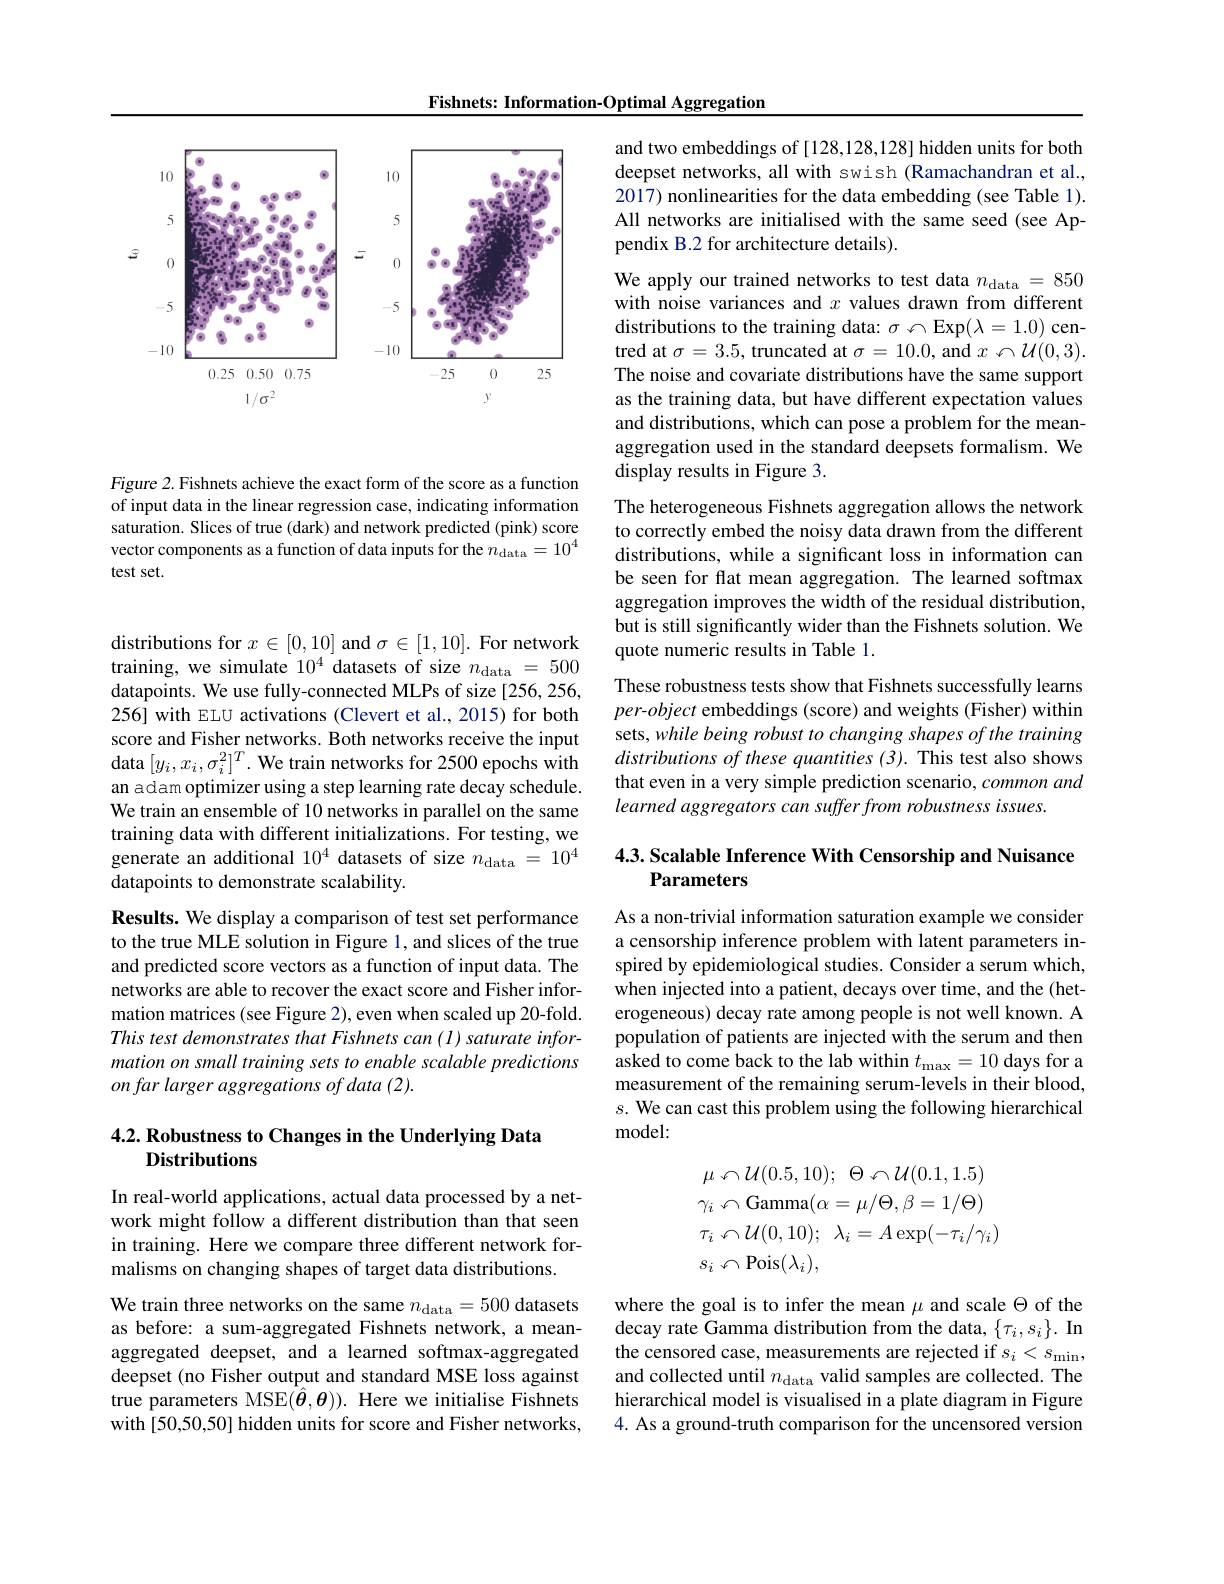
Fishnets: Information-Optimal Aggregation

<FigureHere>

Figure 2. Fishnets achieve the exact form of the score as a function of input data in the linear regression case, indicating information saturation. Slices of true (dark) and network predicted (pink) score vector components as a function of data inputs for the $n_\mathrm{data}=10^4$ test set.

distributions for $x\in[0,10]$ and $\sigma\in[1,10].$ For network training, we simulate $10^4$ datasets of size $n_\mathrm{data}=500$ datapoints. We use fully-connected MLPs of size [256,256, 256] with ELU activations (Clevert et al., 2015) for both score and Fisher networks. Both networks receive the input data $[ y_i, x_i, \sigma _i^2] ^T. \textbf{We train networks for 2500 epochs with}$ an adam optimizer using a step learning rate decay schedule. We train an ensemble of 10 networks in parallel on the same training data with different initializations. For testing, we generate an additional $10^4$ datasets of size $n_\mathrm{data}=10^4$ datapoints to demonstrate scalability.

Results. We display a comparison of test set performance to the true MLE solution in Figure 1, and slices of the true and predicted score vectors as a function of input data. The networks are able to recover the exact score and Fisher information matrices (see Figure 2), even when scaled up 20-fold. This test demonstrates that Fishnets can (1) saturate information on small training sets to enable scalable predictions on far larger aggregations of data (2).

## 4.2. Robustness to Changes in the Underlying Data Distributions

In real-world applications, actual data processed by a network might follow a different distribution than that seen in training. Here we compare three different network formalisms on changing shapes of target data distributions.

We train three networks on the same $n_\mathrm{data}=500$ datasets as before: a sum-aggregated Fishnets network, a meanaggregated deepset, and a learned softmax-aggregated deepset (no Fisher output and standard MSE loss against true parameters MSE$(\hat{\boldsymbol{\theta}},\boldsymbol{\theta})).$ Here we initialise Fishnets with[50,50,50] hidden units for score and Fisher networks,

and two embeddings of [128,128,128] hidden units for both deepset networks, all with swish (Ramachandran et al., 2017) nonlinearities for the data embedding (see Table 1). All networks are initialised with the same seed (see Appendix B.2 for architecture details).
We apply our trained networks to test data $n_\mathrm{data}=850$ with noise variances and $x$ values drawn from different distributions to the training data: $\sigma \backsim$Exp$( \lambda = 1. 0)$ centred at $\sigma=3.5$, truncated at $\sigma=10.0$, and $x\sim\mathcal{U}(0,3).$ The noise and covariate distributions have the same support as the training data, but have different expectation values and distributions, which can pose a problem for the meanaggregation used in the standard deepsets formalism. We display results in Figure 3.
The heterogeneous Fishnets aggregation allows the network to correctly embed the noisy data drawn from the different distributions, while a significant loss in information can be seen for flat mean aggregation. The learned softmax aggregation improves the width of the residual distribution, but is still significantly wider than the Fishnets solution. We quote numeric results in Table 1.
These robustness tests show that Fishnets successfully learns per-object embeddings (score) and weights (Fisher) within sets, while being robust to changing shapes of the training $distributions\textit{ of these quantities ( 3) . This test also shows}$ that even in a very simple prediction scenario, common and learned aggregators can suffer from robustness issues.

## 4.3. Scalable Inference With Censorship and Nuisance Parameters

As a non-trivial information saturation example we consider a censorship inference problem with latent parameters inspired by epidemiological studies. Consider a serum which, when injected into a patient, decays over time, and the (heterogeneous) decay rate among people is not well known. A population of patients are injected with the serum and then asked to come back to the lab within $t_\mathrm{max}=10$ days for a measurement of the remaining serum-levels in their blood, $s.$ We can cast this problem using the following hierarchical ${\mathrm{model:}}$
$$\begin{aligned}&\mu\:\diamond\:\mathcal{U}(0.5,10);\:\Theta\:\diamond\:\mathcal{U}(0.1,1.5)\\&\gamma_{i}\:\diamond\:\mathrm{Gamma}(\alpha=\mu/\Theta,\beta=1/\Theta)\\&\tau_{i}\:\diamond\:\mathcal{U}(0,10);\:\lambda_{i}=A\exp(-\tau_{i}/\gamma_{i})\\&s_{i}\:\diamond\:\mathrm{Pois}(\lambda_{i}),\end{aligned}$$
where the goal is to infer the mean $\mu$ and scale $\Theta$ of the decay rate Gamma distribution from the data, $\{\tau_i,s_i\}.$ In the censored case, measurements are rejected if $s_i<s_{\mathrm{min}}$, and collected until $n_\mathrm{data}$ valid samples are collected. The hierarchical model is visualised in a plate diagram in Figure 4. As a ground-truth comparison for the uncensored version